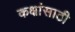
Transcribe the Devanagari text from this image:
कक्षांसाठी